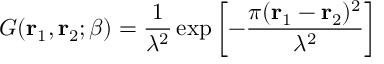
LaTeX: G ( { \bf r } _ { 1 } , { \bf r } _ { 2 } ; \beta ) = \frac { 1 } { \lambda ^ { 2 } } \exp \left[ - \frac { \pi ( { \bf r } _ { 1 } - { \bf r } _ { 2 } ) ^ { 2 } } { \lambda ^ { 2 } } \right]